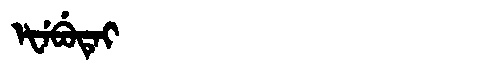
Manchu: ᡝᡶᡝᠪᡠᡨᡝᡳ
Romanization: EFEBUTEI